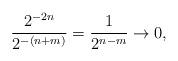
LaTeX: \begin{align*}\frac{2^{-2n}}{2^{-(n+m)}}=\frac{1}{2^{n-m}}\to0,\end{align*}